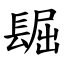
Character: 镼